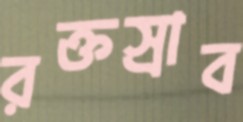
রক্তস্রাব